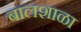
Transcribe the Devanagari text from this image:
बालशाळा